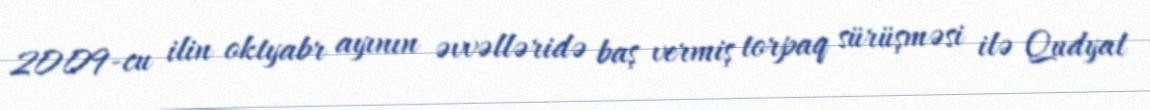
2009-cu ilin oktyabr ayının əvvəlləridə baş vermiş torpaq sürüşməsi ilə Qudyal